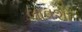
લાવશો